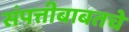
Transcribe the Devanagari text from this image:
संपत्तीबाबतचे